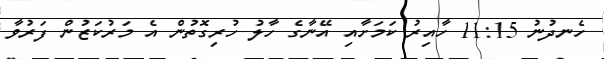
ހެނދުނު 11:15 ހާއިރު ކަމަށާއި އޭނާގެ ހާލު ހުރިގޮތުން އެ މަރުކަޒުން ފަރުވާ